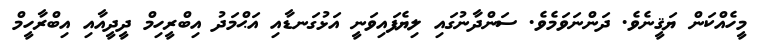
މީހެއްކަން ޔަޤީނެވެ. ދަންނަވަމެވެ. ސަންދާނުގައި ލިޔެފައިވަނީ އަޅުގަނޑާއި އަޙްމަދު އިބްރީހިމް ދީދީއާއި އިބްރާހީމް